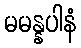
မမန္နပါနံ